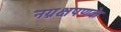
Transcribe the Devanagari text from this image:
नग्नक्षपणके